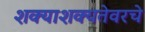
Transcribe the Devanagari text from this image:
शक्याशक्यतेवरचे